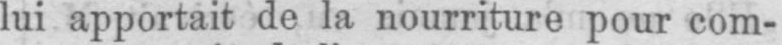
lui apportait de la nourriture pour com-